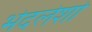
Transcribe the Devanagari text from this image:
भेदलेशो